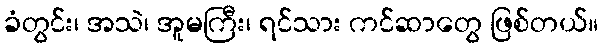
ခံတွင်း၊ အသဲ၊ အူမကြီး၊ ရင်သား ကင်ဆာတွေ ဖြစ်တယ်။